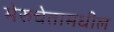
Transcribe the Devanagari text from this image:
मेरुचेतामधील